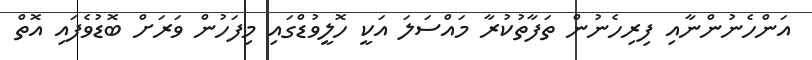
އަންހެނުންނާއި ފިރިހެނުން ތަފާތުކުރާ މައްސަލަ އަކީ ހޮލީވުޑްގައި މިފަހުން ވަރަށް ބޮޑުވެފައި އޮތް